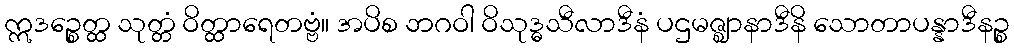
ဣဒဉ္စေတ္ထ သုတ္တံ ဝိတ္ထာရေတဗ္ဗံ။ အပိစ ဘဂဝါ ဝိသုဒ္ဓသီလာဒီနံ ပဌမဇ္ဈာနာဒီနိ သောတာပန္နာဒီနဉ္စ